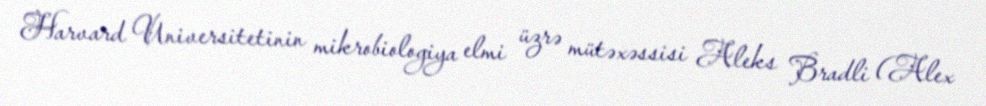
Harvard Universitetinin mikrobiologiya elmi üzrə mütəxəssisi Aleks Bradli (Alex